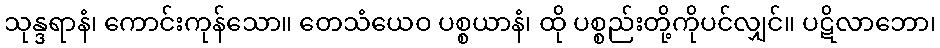
သုန္ဒရာနံ၊ ကောင်းကုန်သော။ တေသံယေဝ ပစ္စယာနံ၊ ထို ပစ္စည်းတို့ကိုပင်လျှင်။ ပဋိလာဘော၊